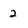
Character: 2